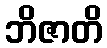
ဘိဇာတိ